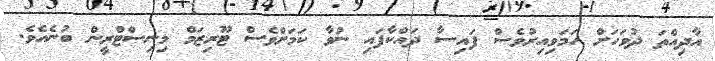
އާދިއްތަ ދުވަހަށް ހަމަވިއިރުވެސް ފައިސާ ދައްކާފައި ނުވާ ކަމަށްވެސް ޓޫރިޒަމް މިނިސްޓްރީން ބުނެއެވެ.